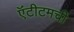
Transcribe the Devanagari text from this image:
ऍंटीटमची